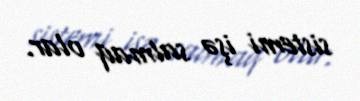
sistemi işə salmaq olar.